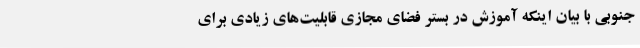
جنوبی با بیان اینکه آموزش‌ در بستر فضای مجازی قابلیت‌های زیادی برای